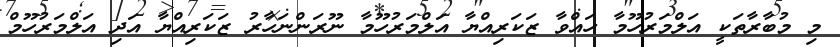
މި މުބާރާތަކީ އަލްމަރުހޫމާ ހައްވާ ޒަކަރިއްޔާ އަލްމަރުހޫމާ ނޫރަންނަހާރު ޒަކަރިއްޔާ އަދި އަލްމަރުހޫމް